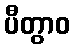
ပီတွာဝ